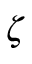
\zeta